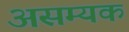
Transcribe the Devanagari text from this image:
असम्यक